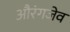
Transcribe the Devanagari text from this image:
औरंगजेव